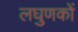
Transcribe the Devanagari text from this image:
लघुणकों